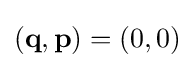
(\mathbf {q} ,\mathbf {p} )=(0,0)